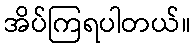
အိပ်ကြရပါတယ်။